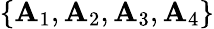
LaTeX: \{ {\mathbf A}_{1},{\mathbf A}_{2},{\mathbf A}_{3},{\mathbf A}_{4}\}